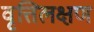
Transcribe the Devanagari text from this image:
वृत्तिलक्षण